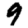
Digit: 9